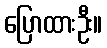
ပြောထားဦး။